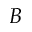
B